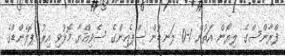
ފްރާންސްގެ ލިޔޯން އަތުން 1-0 ލަނޑުން ސްޕެއިންގެ ސެވިއްޔާ މޮޅުވި އިރު ޕޮލެންޑްގެ